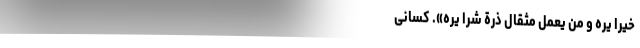
خَیْراً یَرَهُ وَ مَنْ یَعْمَلْ مِثْقالَ ذَرَّةٍ شَراً یَرَهُ». کسانی